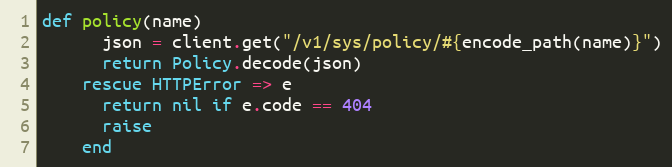
Language: Ruby
def policy(name)
      json = client.get("/v1/sys/policy/#{encode_path(name)}")
      return Policy.decode(json)
    rescue HTTPError => e
      return nil if e.code == 404
      raise
    end